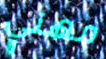
مهني